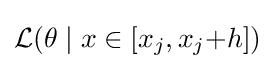
{\textstyle {\mathcal {L}}(\theta \mid x\in [x_{j},x_{j}{+}h])}